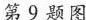
第9题图